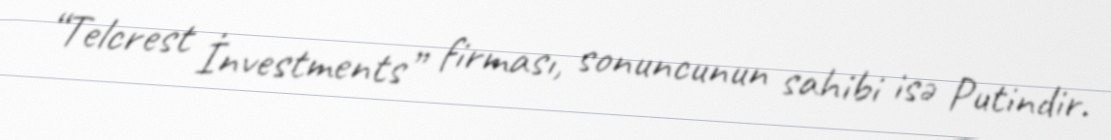
“Telcrest İnvestments” firması, sonuncunun sahibi isə Putindir.